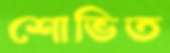
শোভিত